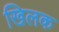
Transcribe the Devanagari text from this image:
खिलक